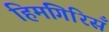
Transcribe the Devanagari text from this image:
हिमगिरिसँ